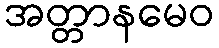
အတ္တာနမေဝ